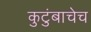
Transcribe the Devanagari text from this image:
कुटुंबाचेच